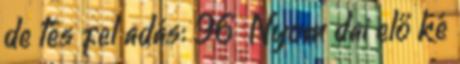
de tés fel adás: 96 Nyom dai elő ké